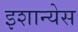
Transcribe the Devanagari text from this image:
इशान्येस